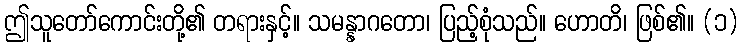
ဤသူတော်ကောင်းတို့၏ တရားနှင့်။ သမန္နာဂတော၊ ပြည့်စုံသည်။ ဟောတိ၊ ဖြစ်၏။ (၁)